Problem: 14 + 15 = ?
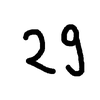
Handwritten answer: 29